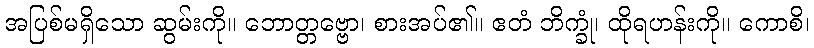
အပြစ်မရှိသော ဆွမ်းကို။ ဘောတ္တဗ္ဗော၊ စားအပ်၏။ ဧတံ ဘိက္ခုံ၊ ထိုရဟန်းကို။ ကောစိ၊